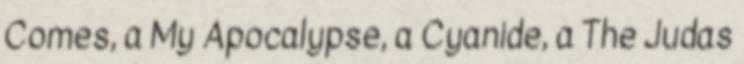
Comes, a My Apocalypse, a Cyanide, a The Judas